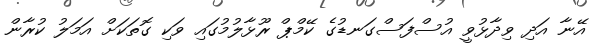
އޭނާ އަދި ވިދާޅުވީ އުސްފަސްގަނޑުގެ ކޭމްޕް ރޫޅާލުމުގައި ވަކި ގޮތަކަށް އަމަލު ކުރާން